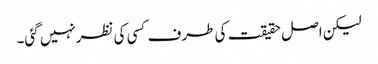
لیکن اصل حقیقت کی طرف کسی کی نظرنہیں گئی۔